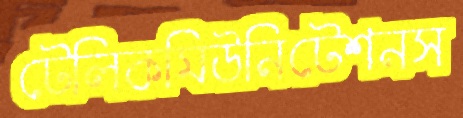
টেলিকমিউনিটেশনস